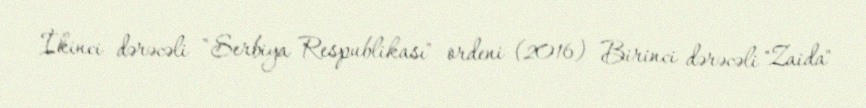
İkinci dərəcəli "Serbiya Respublikası" ordeni (2016) Birinci dərəcəli "Zaida"